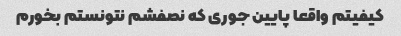
کیفیتم واقعا پایین جوری که نصفشم نتونستم بخورم